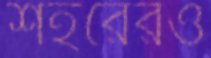
শহরেরও